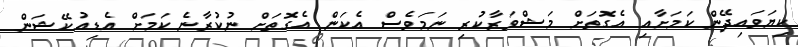
ކިޔަވައިދޭން ކަމަށާއި އެގޮތަށް މަޝްވަރާކުރި ނަމަވެސް އެކަން އެގޮތަށް ނުކުރާނެ ކަމަށް އެޑިއުކޭޝަން